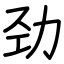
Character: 劲